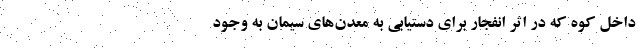
داخل کوه که در اثر انفجار برای دستیابی به معدن‌های سیمان به‌ وجود